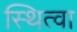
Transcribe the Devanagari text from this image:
स्थित्वा